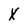
Character: X